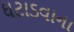
ઘટાડવાના